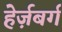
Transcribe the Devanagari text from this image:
हेर्ज़बर्ग